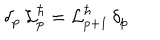
LaTeX: \delta _ { p } \, { \cal L } _ { p } ^ { \hbar } = { \cal L } _ { p + 1 } ^ { \hbar } \, \delta _ { p }